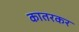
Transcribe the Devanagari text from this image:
कातरकर